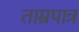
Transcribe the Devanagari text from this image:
ताम्रपात्र